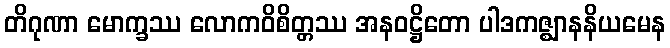
တိဂုဏာ မောက္ခဿ လောကဝိစိတ္တဿ အနဝဋ္ဌိတော ပါဒကဇ္ဈာနနိယမေန